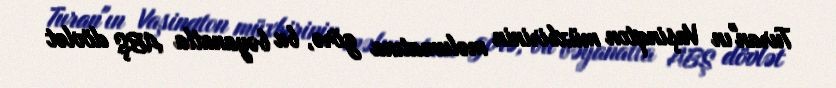
Turan"ın Vaşinqton müxbirinin məlumatına görə, bu bəyanatla ABŞ dövlət